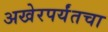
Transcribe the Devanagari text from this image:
अखेरपर्यंतचा